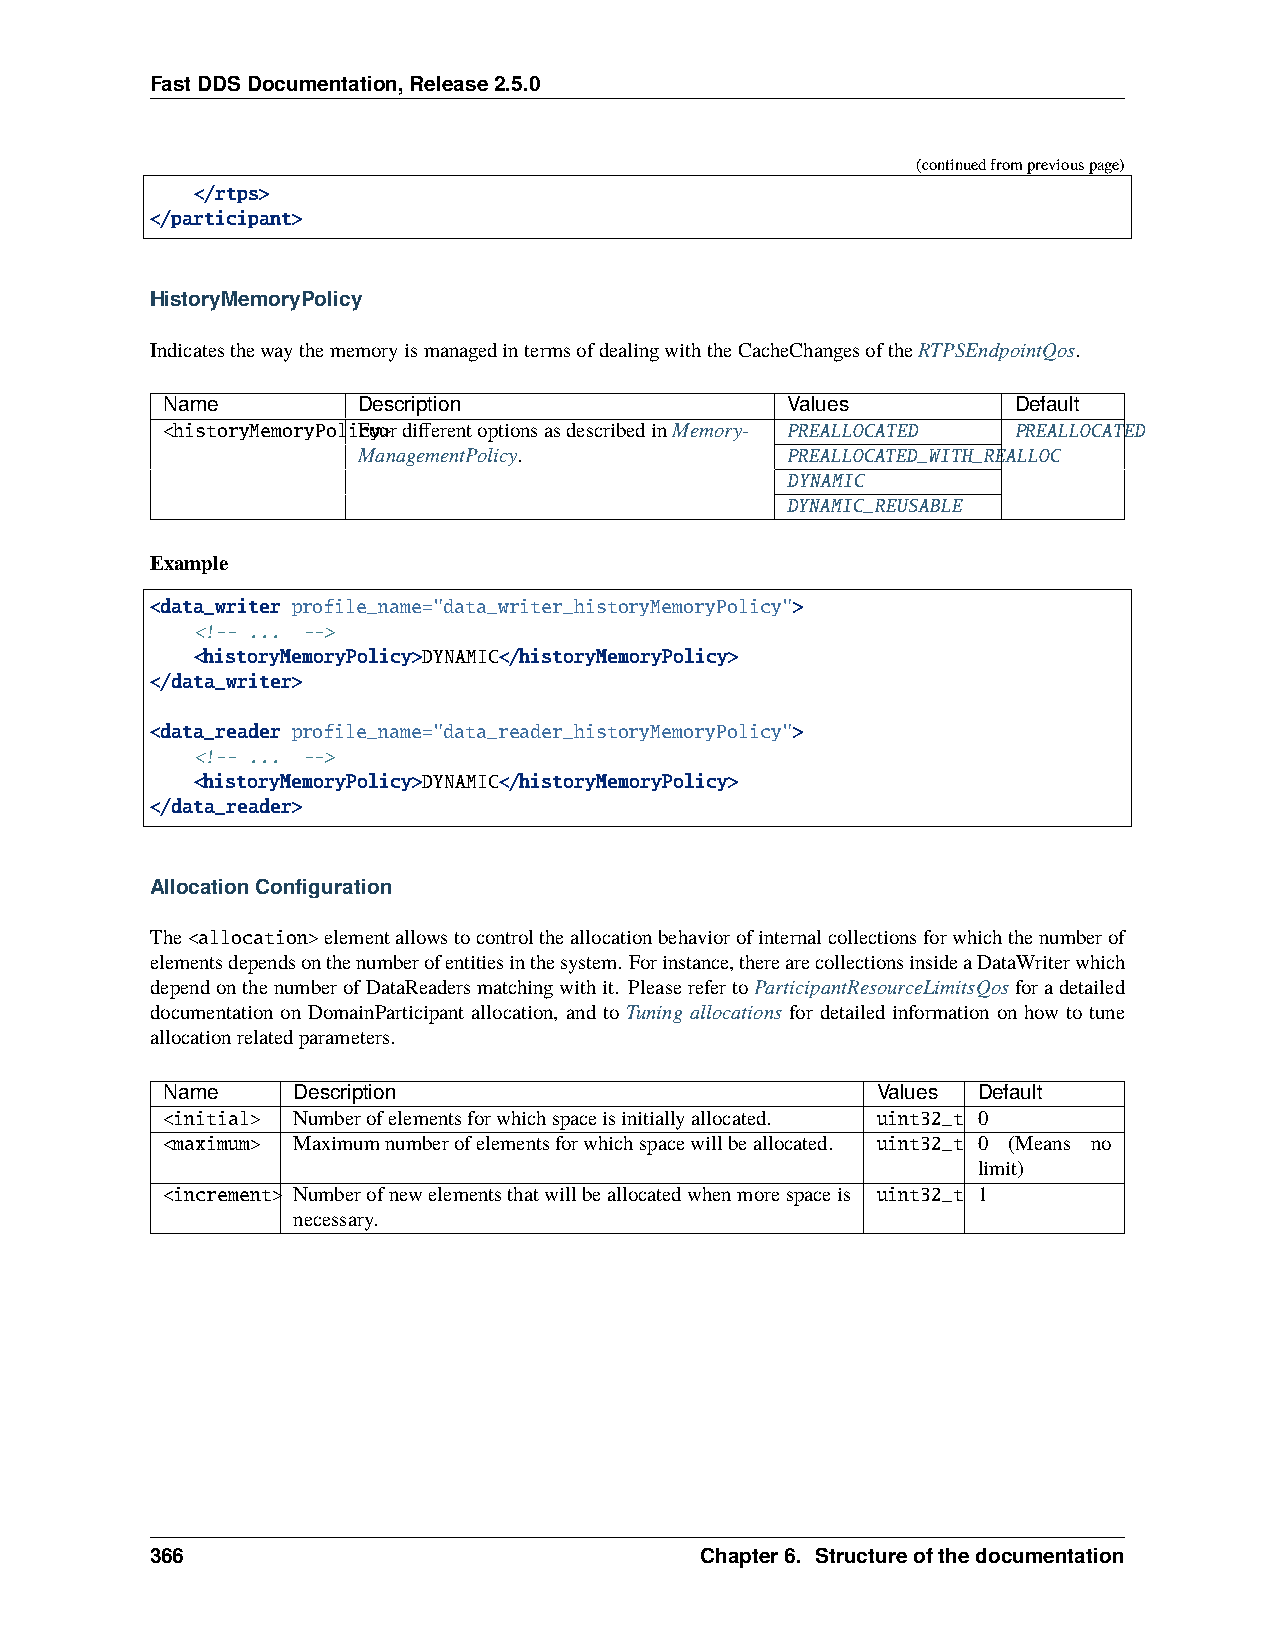
FastDDSDocumentation,Release2.5.0
 (continuedfrompreviouspage)
 </rtps>
 </participant>
 HistoryMemoryPolicy
 IndicatesthewaythememoryismanagedintermsofdealingwiththeCacheChangesoftheRTPSEndpointQos.
 Name         Description                 Values         Default
 <historyMemoryPoliFcoyu>rdifferentoptionsasdescribedinMemory- PREALLOCATED PREALLOCATED
 ManagementPolicy.           PREALLOCATED_WITH_REALLOC
 DYNAMIC
 DYNAMIC_REUSABLE
 Example
 <data_writer profile_name="data_writer_historyMemoryPolicy">
 <!-- ... -->
 <historyMemoryPolicy>DYNAMIC</historyMemoryPolicy>
 </data_writer>
 <data_reader profile_name="data_reader_historyMemoryPolicy">
 <!-- ... -->
 <historyMemoryPolicy>DYNAMIC</historyMemoryPolicy>
 </data_reader>
 AllocationConfiguration
 The<allocation>elementallowstocontroltheallocationbehaviorofinternalcollectionsforwhichthenumberof
 elementsdependsonthenumberofentitiesinthesystem. Forinstance,therearecollectionsinsideaDataWriterwhich
 dependonthenumberofDataReadersmatchingwithit. PleaserefertoParticipantResourceLimitsQosforadetailed
 documentation on DomainParticipant allocation, and to Tuning allocations for detailed information on how to tune
 allocationrelatedparameters.
 Name    Description                            Values Default
 <initial> Numberofelementsforwhichspaceisinitiallyallocated. uint32_t 0
 <maximum> Maximumnumberofelementsforwhichspacewillbeallocated. uint32_t 0 (Means no
 limit)
 <increment> Numberofnewelementsthatwillbeallocatedwhenmorespaceis uint32_t 1
 necessary.
 366                                 Chapter6. Structureofthedocumentation